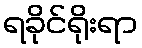
ရခိုင်ရိုးရာ